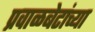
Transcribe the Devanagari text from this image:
प्रवाळबेटांच्या